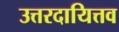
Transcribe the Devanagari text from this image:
उत्तरदायित्तव